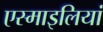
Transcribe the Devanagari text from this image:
एस्माइलियां